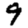
Digit: 9